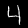
Label: 4